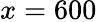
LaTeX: x=600